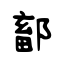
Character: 鄐